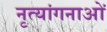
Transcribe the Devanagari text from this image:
नृत्‍यांगनाओं